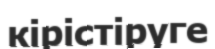
кірістіруге